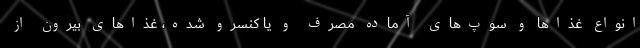
انواع غذاها و سوپ‌های آماده مصرف و یا کنسرو شده، ‌غذاهای بیرون از